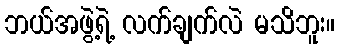
ဘယ်အဖွဲ့ရဲ့ လက်ချက်လဲ မသိဘူး။